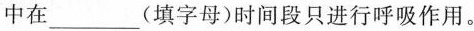
中在___(填字母)时间段只进行呼吸作用。